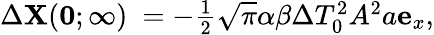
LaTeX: \begin{array}{r}{\Delta\mathbf{X}(\mathbf{0};\infty)_{\mathrm{~}}=-\frac{1}{2}\sqrt{\pi}\alpha\beta\Delta T_{0}^{2}A^{2}a\mathbf{e}_{x},}\end{array}